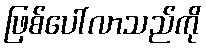
ဖြစ်ပေါ်လာသည်ကို